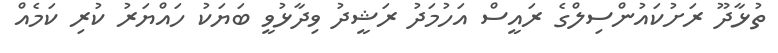
ތުޅާދޫ ރަށުކައުންސިލްގެ ރައީސް އަހުމަދު ރަޝީދު ވިދާޅުވީ ބަޔަކު ހައްޔަރު ކުރި ކަމެއް